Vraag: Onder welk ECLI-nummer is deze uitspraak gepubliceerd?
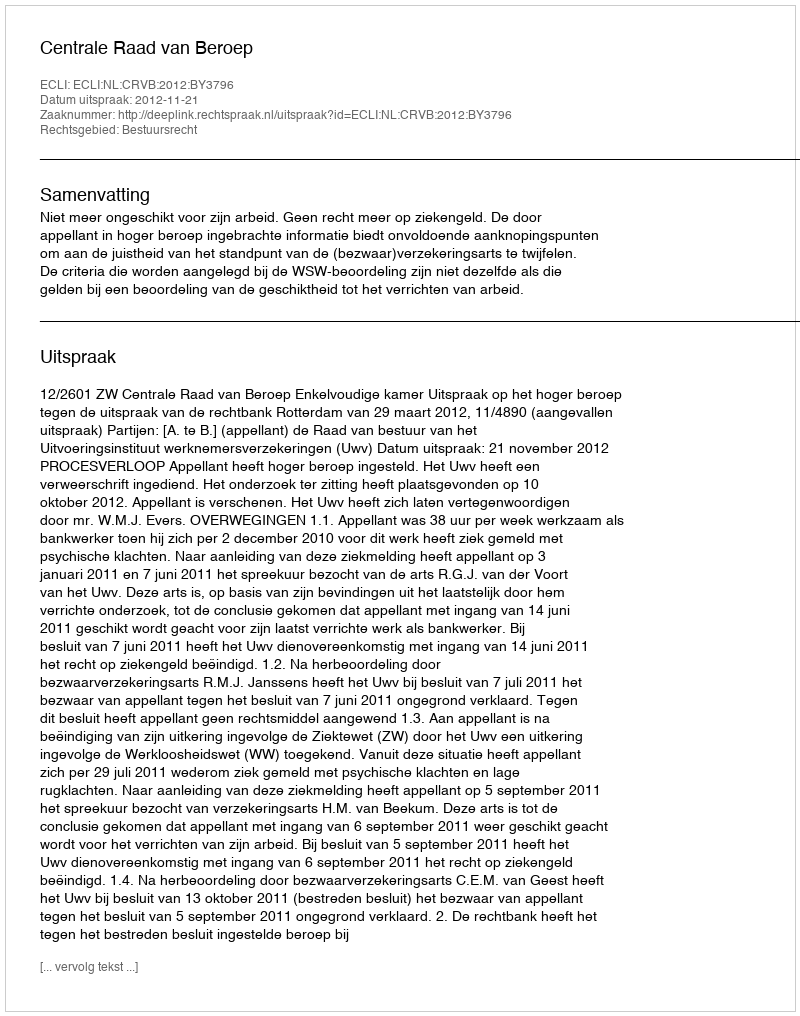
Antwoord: ECLI:NL:CRVB:2012:BY3796